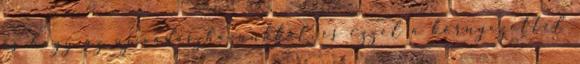
és hogy az új vadászházunkkal, és ezzel a környezettel